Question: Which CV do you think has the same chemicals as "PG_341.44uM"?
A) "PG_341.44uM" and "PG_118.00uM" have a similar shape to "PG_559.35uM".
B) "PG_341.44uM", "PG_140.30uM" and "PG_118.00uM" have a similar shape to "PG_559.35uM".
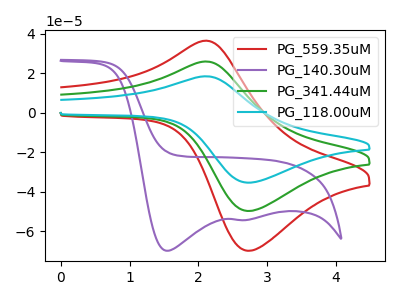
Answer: <think>The red curve "PG_559.35uM" has an anodic peak at (2.10V, 36.45uA) and a cathodic peak at (2.70V, -69.90uA). The purple curve "PG_140.30uM" has cathodic peaks at (1.55V, -69.90uA) (2.60V, -54.35uA). The green curve "PG_341.44uM" has an anodic peak at (2.10V, 25.95uA) and a cathodic peak at (2.70V, -49.75uA). The cyan curve "PG_118.00uM" has an anodic peak at (2.10V, 51.90uA) and a cathodic peak at (2.70V, -99.45uA).
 "PG_559.35uM" and "PG_140.30uM" have at least one peak that do not match. All the peaks in "PG_559.35uM" have a peak in "PG_341.44uM" at the same potential. Every peak in "PG_559.35uM" is higher than every peak in "PG_341.44uM". All the peaks in "PG_559.35uM" have a peak in "PG_118.00uM" at the same potential. Every peak in "PG_559.35uM" is lower than every peak in "PG_118.00uM". "PG_140.30uM" and "PG_341.44uM" have at least one peak that do not match. "PG_140.30uM" and "PG_118.00uM" have at least one peak that do not match. All the peaks in "PG_341.44uM" have a peak in "PG_118.00uM" at the same potential. Every peak in "PG_341.44uM" is lower than every peak in "PG_118.00uM".</think>
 <answer>A) "PG_341.44uM" and "PG_118.00uM" have a similar shape to "PG_559.35uM".</answer>
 <eval>A</eval>